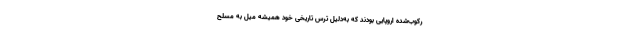
رکوب‌شده اروپایی بودند که به‌دلیل ترس تاریخی خود همیشه میل به مسلح